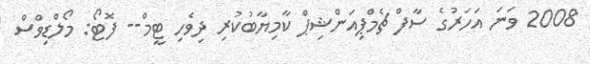
2008 ވަނަ އަހަރުގެ ސާފް ޗެމްޕިއަންޝިޕް ކާމިޔާބުކުރި ދިވެހި ޓީމް-- ފޮޓޯ: މޯލްޑިވްސް